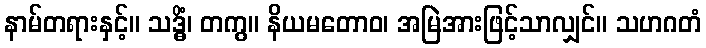
နာမ်တရားနှင့်။ သဒ္ဓိံ၊ တကွ။ နိယမတောဝ၊ အမြဲအားဖြင့်သာလျှင်။ သဟဂတံ